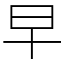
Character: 早